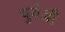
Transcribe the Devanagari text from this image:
पुर्वजी